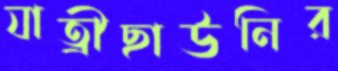
যাত্রীছাউনির